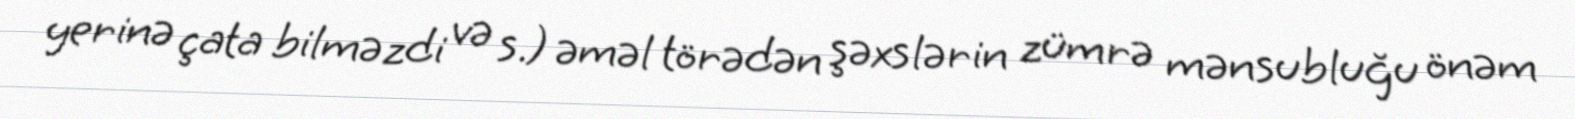
yerinə çata bilməzdi və s.) əməl törədən şəxslərin zümrə mənsubluğu önəm